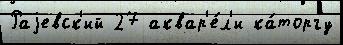
Раjевск'ий 27 аквар'е́л'и ка́торгу